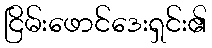
ငြိမ်းဖောင်ဒေးရှင်း၏